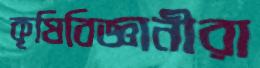
কৃষিবিজ্ঞানীরা